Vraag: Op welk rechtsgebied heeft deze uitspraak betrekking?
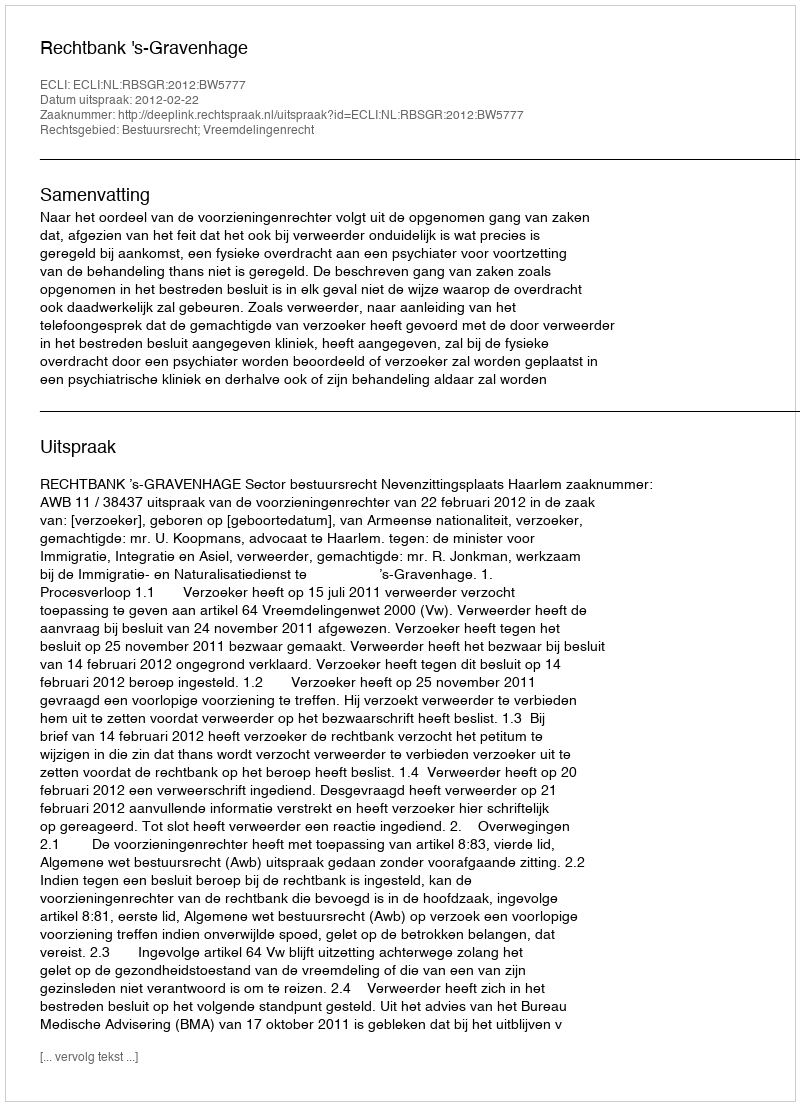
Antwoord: Bestuursrecht; Vreemdelingenrecht